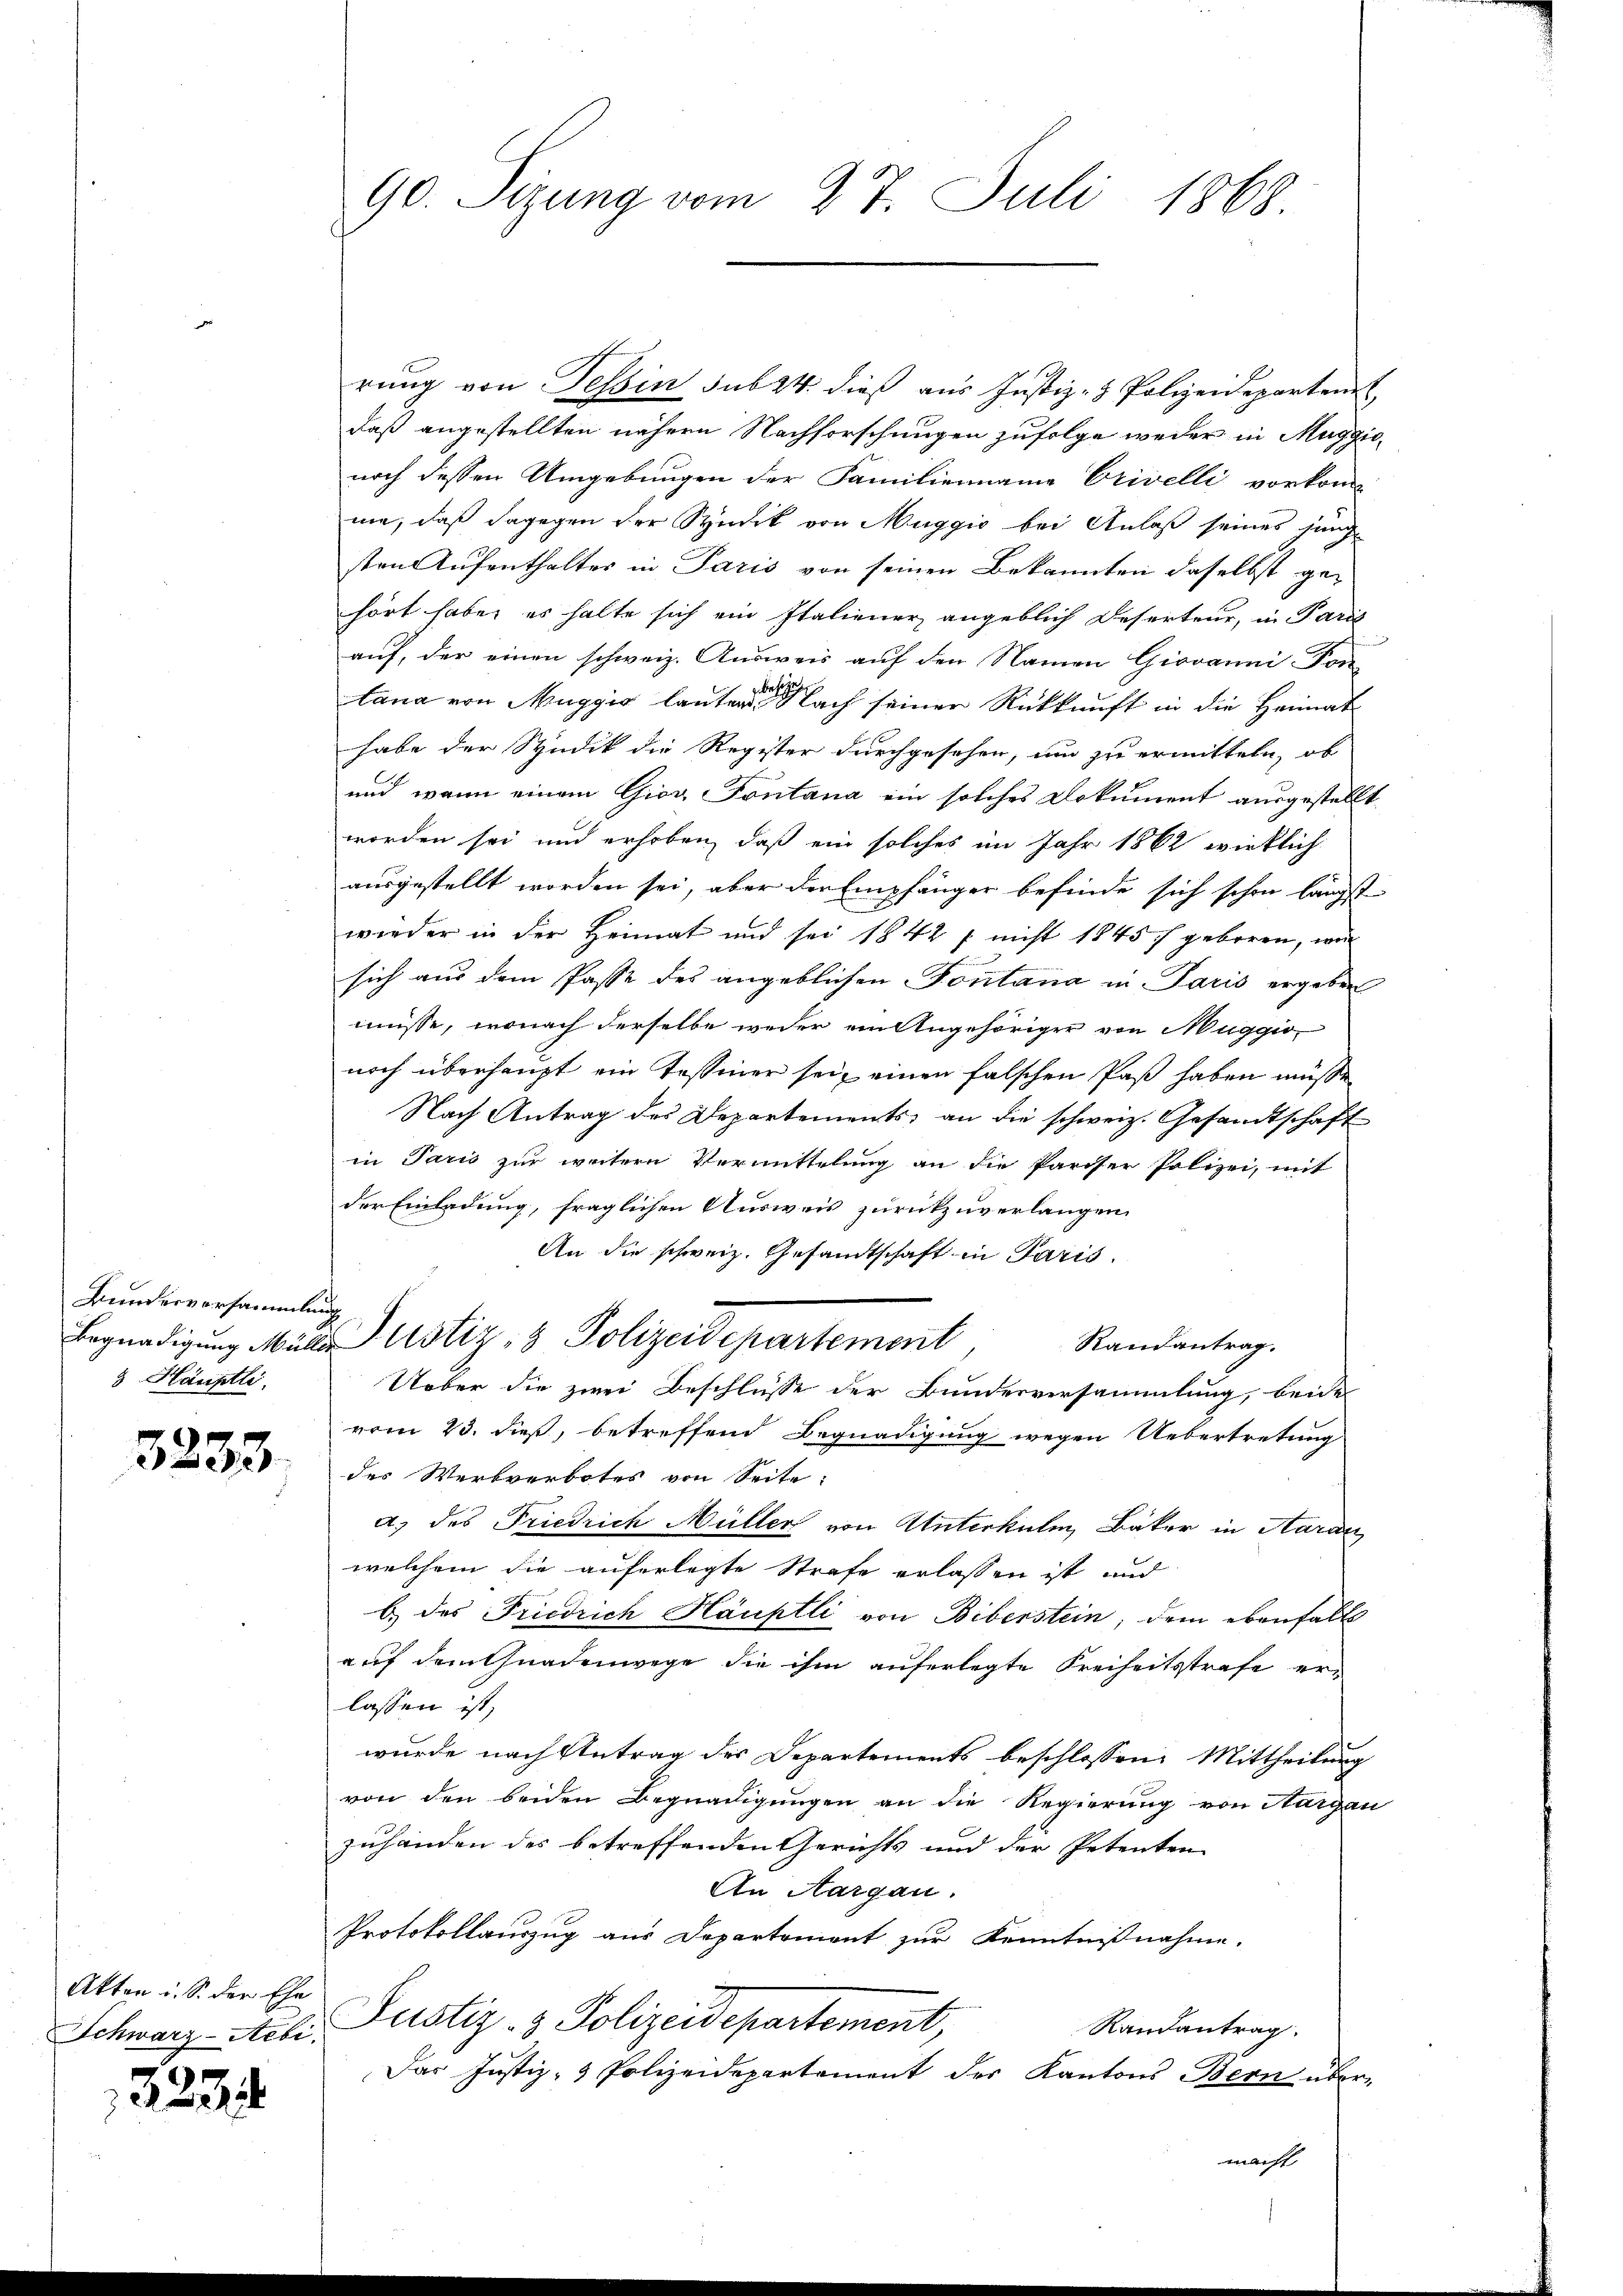
Bundesversammlung
3 Hauptli.

3233

Akten u. S. der Ehe
Schwarz-Aebi.

2234

90. Sizung vom 27. Juli 1868.

rung von Tessin sub 24. dieß aus Justiz- & Polizeidepartem
daß angestellten nähern Nachforschungen zufolge weder in Maggio
noch dessen Umgebungen der Familienname Erivelli vorkom-
me, daß dagegen der Syndik von Muggio bei Anlaß seines junge
sten Aufenthalter in Paris von seinen Bekannten daselbst ge-
hört habe, es halte sich ein Italiener angeblich Deserteur, in Paris
auf, der einen schweiz. Ausweis auf den Namen Giovanni Fon
tana von Muggis lauten Nach seiner Rückkunft in die Heimat
habe der Syndik die Register durchgesehen, um zu ermitteln, ob
und wenn einem Giov Fontana ein solches Dokument ausgestellt
worden sei und erhoben, daß ein solches im Jahr 1862 wirklich
ausgestellt worden sei, aber den Empfänger befinde sich schon längst
wieder in der Heimat und sei 1842 f. nicht 1845 f geboren, wei
sich aus dem Pässe des angeblichen Fontana in Paris ergeben
müsse, wonach derselbe weder ein Angehöriger von Muggio,
noch überhaupt ein Tessiner sei, einen falschen Paß haben müsse
Nach Antrag des Departements, an die schweiz. Gesandtschaft
in Paris zur weitern Vermittelung an die Pariser Polizei, mit
der Einladung, fraglichen Ausweis zurückzuverlangen,
An die schweiz. Gesandtschaft in Paris.
Begnadigŭng Mulliustiz- & Polizeidepartement,
Randantrag.
Ueber die zwei Beschlüsse der Bundesversammlung, beide
vom 23. dieß, betreffend Begnadigung wegen Uebertretung
des Werkverbotes von Seite
A. des Friedrich Müller von Unterkulm, Bäker in Aarau
welchem die auferlegte Strafe erlassen ist und
b des Friedrich Häuptli von Biberstein, dem ebenfalls
auf dem Gnadenwege die ihm auferlegte Freiheitsstrafe erlassen ist,
wurde nach Antrag des Departements beschlossen: Mittheilung
von den beiden Begnadigungen an die Regierung von Hargau
zuhänden des betreffenden Gerichts und der Petenten
An Aargau.
Protokollauszug aus Departement zur Kenntnißnahme.
Justiz- & Polizeidepartement,
Randantrag
Das Justiz- & Polizeidepartement der Kantons-Bern über-
macht